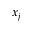
x _ { j }